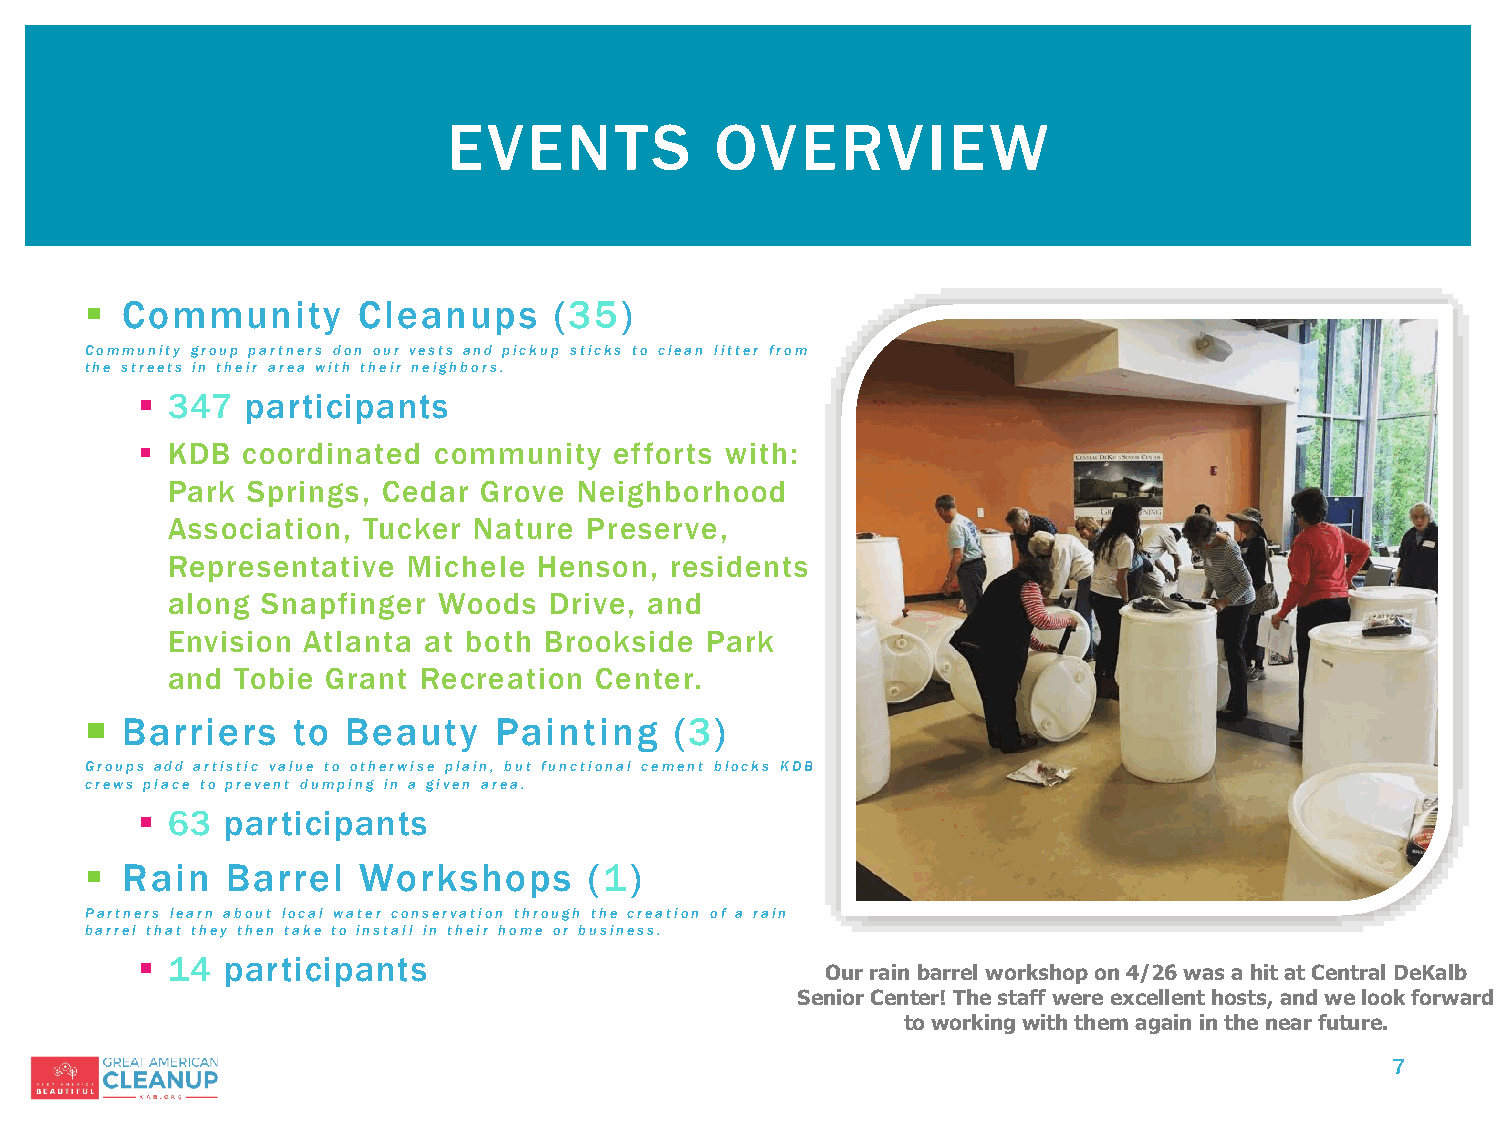
EVENTS           OVERVIEW
  Community       Cleanups     (35)
 Community group partners don our vests and pickup sticks to clean litter from
 the streets in their area with their neighbors.
  347  participants
  KDB  coordinated  community   efforts with:
 Park Springs, Cedar  Grove Neighborhood
 Association, Tucker Nature  Preserve,
 Representative  Michele  Henson, residents
 along Snapfinger  Woods  Drive, and
 Envision Atlanta at both Brookside  Park
 and  Tobie Grant Recreation Center.
  Barriers   to  Beauty    Painting    (3)
 Groups add artistic value to otherwise plain, but functional cement blocks KDB
 crews place to prevent dumping in a given area.
  63  participants
  Rain   Barrel   Workshops      (1)
 Partners learn about local water conservation through the creation of a rain
 barrel that they then take to install in their home or business.
  14  participants
 Our rain barrel workshop on 4/26 was a hit at Central DeKalb
 Senior Center! The staff were excellent hosts, and we look forward
 to working with them again in the near future.
 7